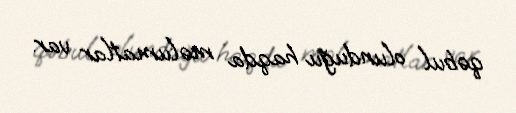
qəbul olunduğu haqda məlumatlar var.